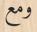
ومع